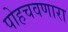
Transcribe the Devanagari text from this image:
पोहचवणारा